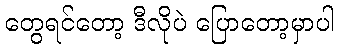
တွေရင်တော့ ဒီလိုပဲ ပြောတော့မှာပါ